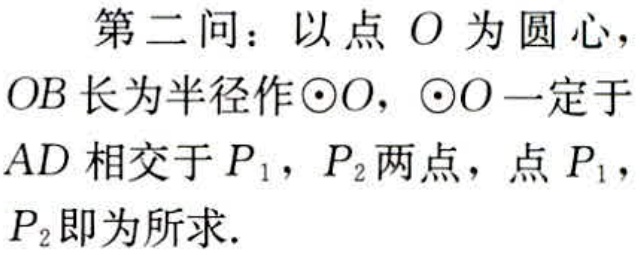
第二问：以点 \(O\) 为圆心，\(OB\) 长为半径作\(\odot O\)，\(\odot O\) 一定于 \(AD\) 相交于 \(P_{1}\)，\(P_{2}\)两点，点 \(P_{1}\)，\(P_{2}\)即为所求.